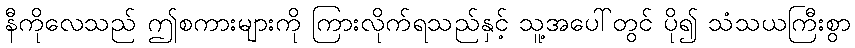
နီကိုလေသည် ဤစကားများကို ကြားလိုက်ရသည်နှင့် သူ့အပေါ်တွင် ပို၍ သံသယကြီးစွာ